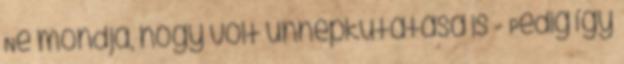
Ne mondja, hogy volt ünnepkutatása is - Pedig így